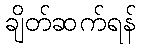
ချိတ်ဆက်ရန်